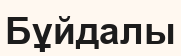
Бұйдалы